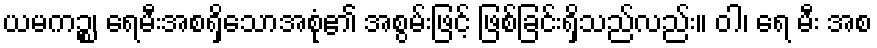
ယမကဉ္စ၊ ရေမီးအစရှိသောအစုံ၏ အစွမ်းဖြင့် ဖြစ်ခြင်းရှိသည်လည်း။ ဝါ၊ ရေ မီး အစ